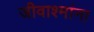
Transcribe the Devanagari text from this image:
जीवाश्मांना